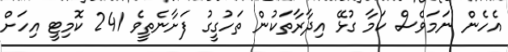
އެހެން ނަމަވެސް ކަމާ ގުޅޭ އިދާރާތަކުން ތަހުގީގު ފަށާނެތީވެ 241 ކޮމިޓީ އިހަށް